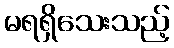
မရရှိသေးသည့်